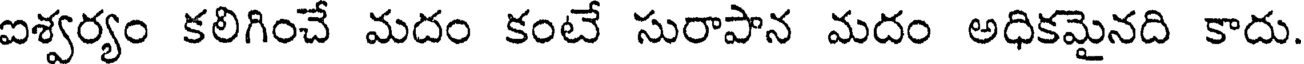
ఐశ్వర్యం కలిగించే మదం కంటే సురాపాన మదం అధికమైనది కాదు.